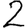
Digit: 2